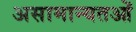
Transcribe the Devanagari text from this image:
असामान्यतओं